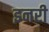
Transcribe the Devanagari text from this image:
इनरी